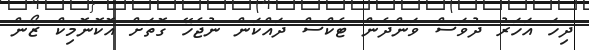
ދިހަ އަހަރު ދުވަސް ވަންދެން ޓެކްސް ދައްކަން ނުޖެހޭ ގޮތަށް އޮކޮނޮމިކް ޒޯން